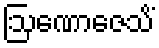
ဩဏောဇေသိံ